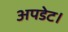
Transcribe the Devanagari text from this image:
अपडेट।